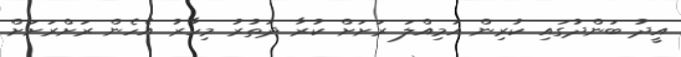
އީދު ބަންދުގައި ކުރިން އަމިއްލަ ރަށަށް ކުރާ ދަތުރު މިހާރު އެހެން ރަށްރަށަށް